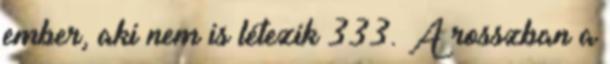
ember, aki nem is létezik 333. A rosszban a